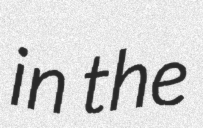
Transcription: in the